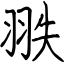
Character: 翐